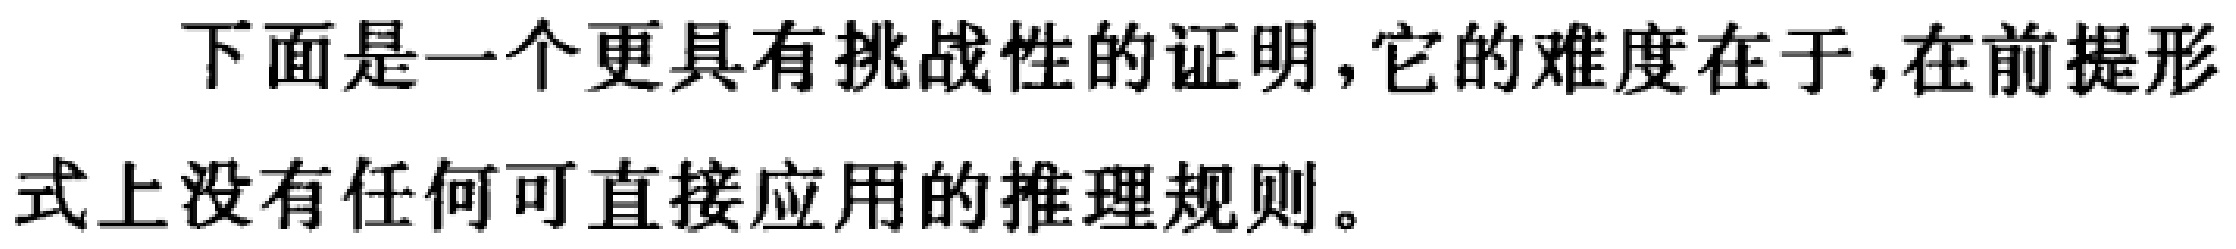
下面是一个更具有挑战性的证明,它的难度在于,在前提形式上没有任何可直接应用的推理规则。